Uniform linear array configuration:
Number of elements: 32
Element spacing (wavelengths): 0.75
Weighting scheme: hamming
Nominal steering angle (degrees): -45
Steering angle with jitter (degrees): -44.481
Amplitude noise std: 0.05
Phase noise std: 0.05

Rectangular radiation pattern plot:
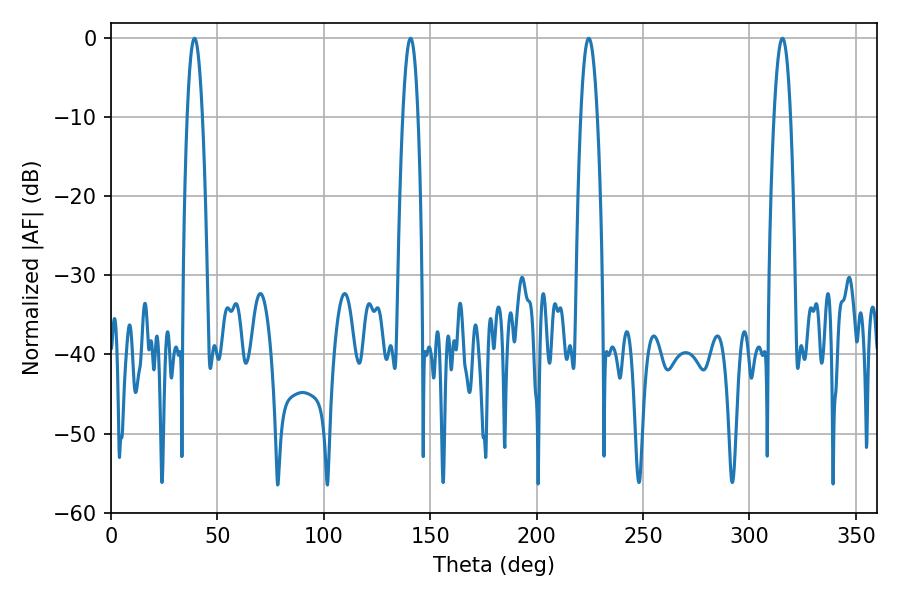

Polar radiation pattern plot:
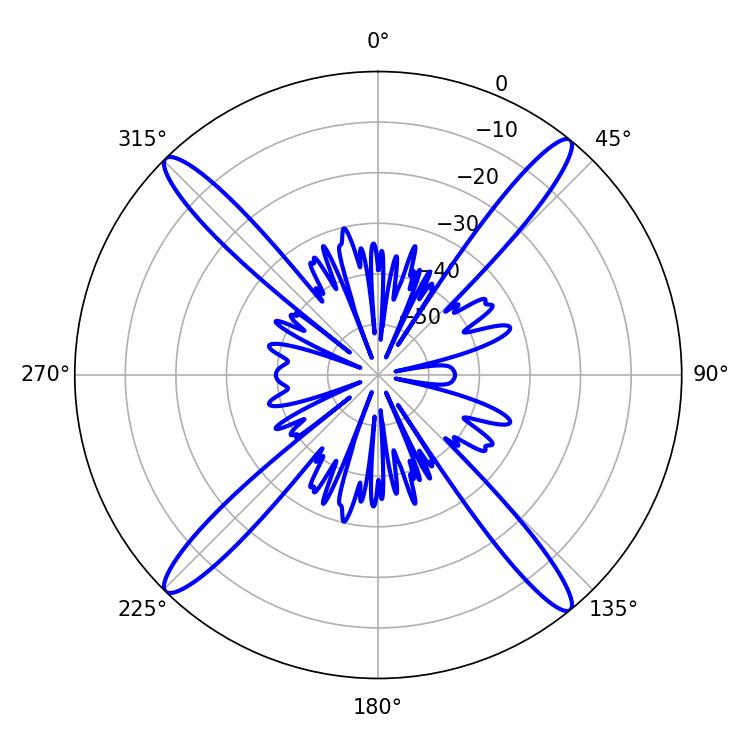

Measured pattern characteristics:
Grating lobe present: TRUE
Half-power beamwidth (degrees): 3.96
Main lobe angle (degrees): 140.76